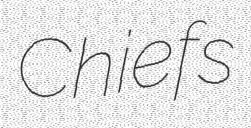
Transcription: Chiefs